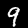
Label: 9